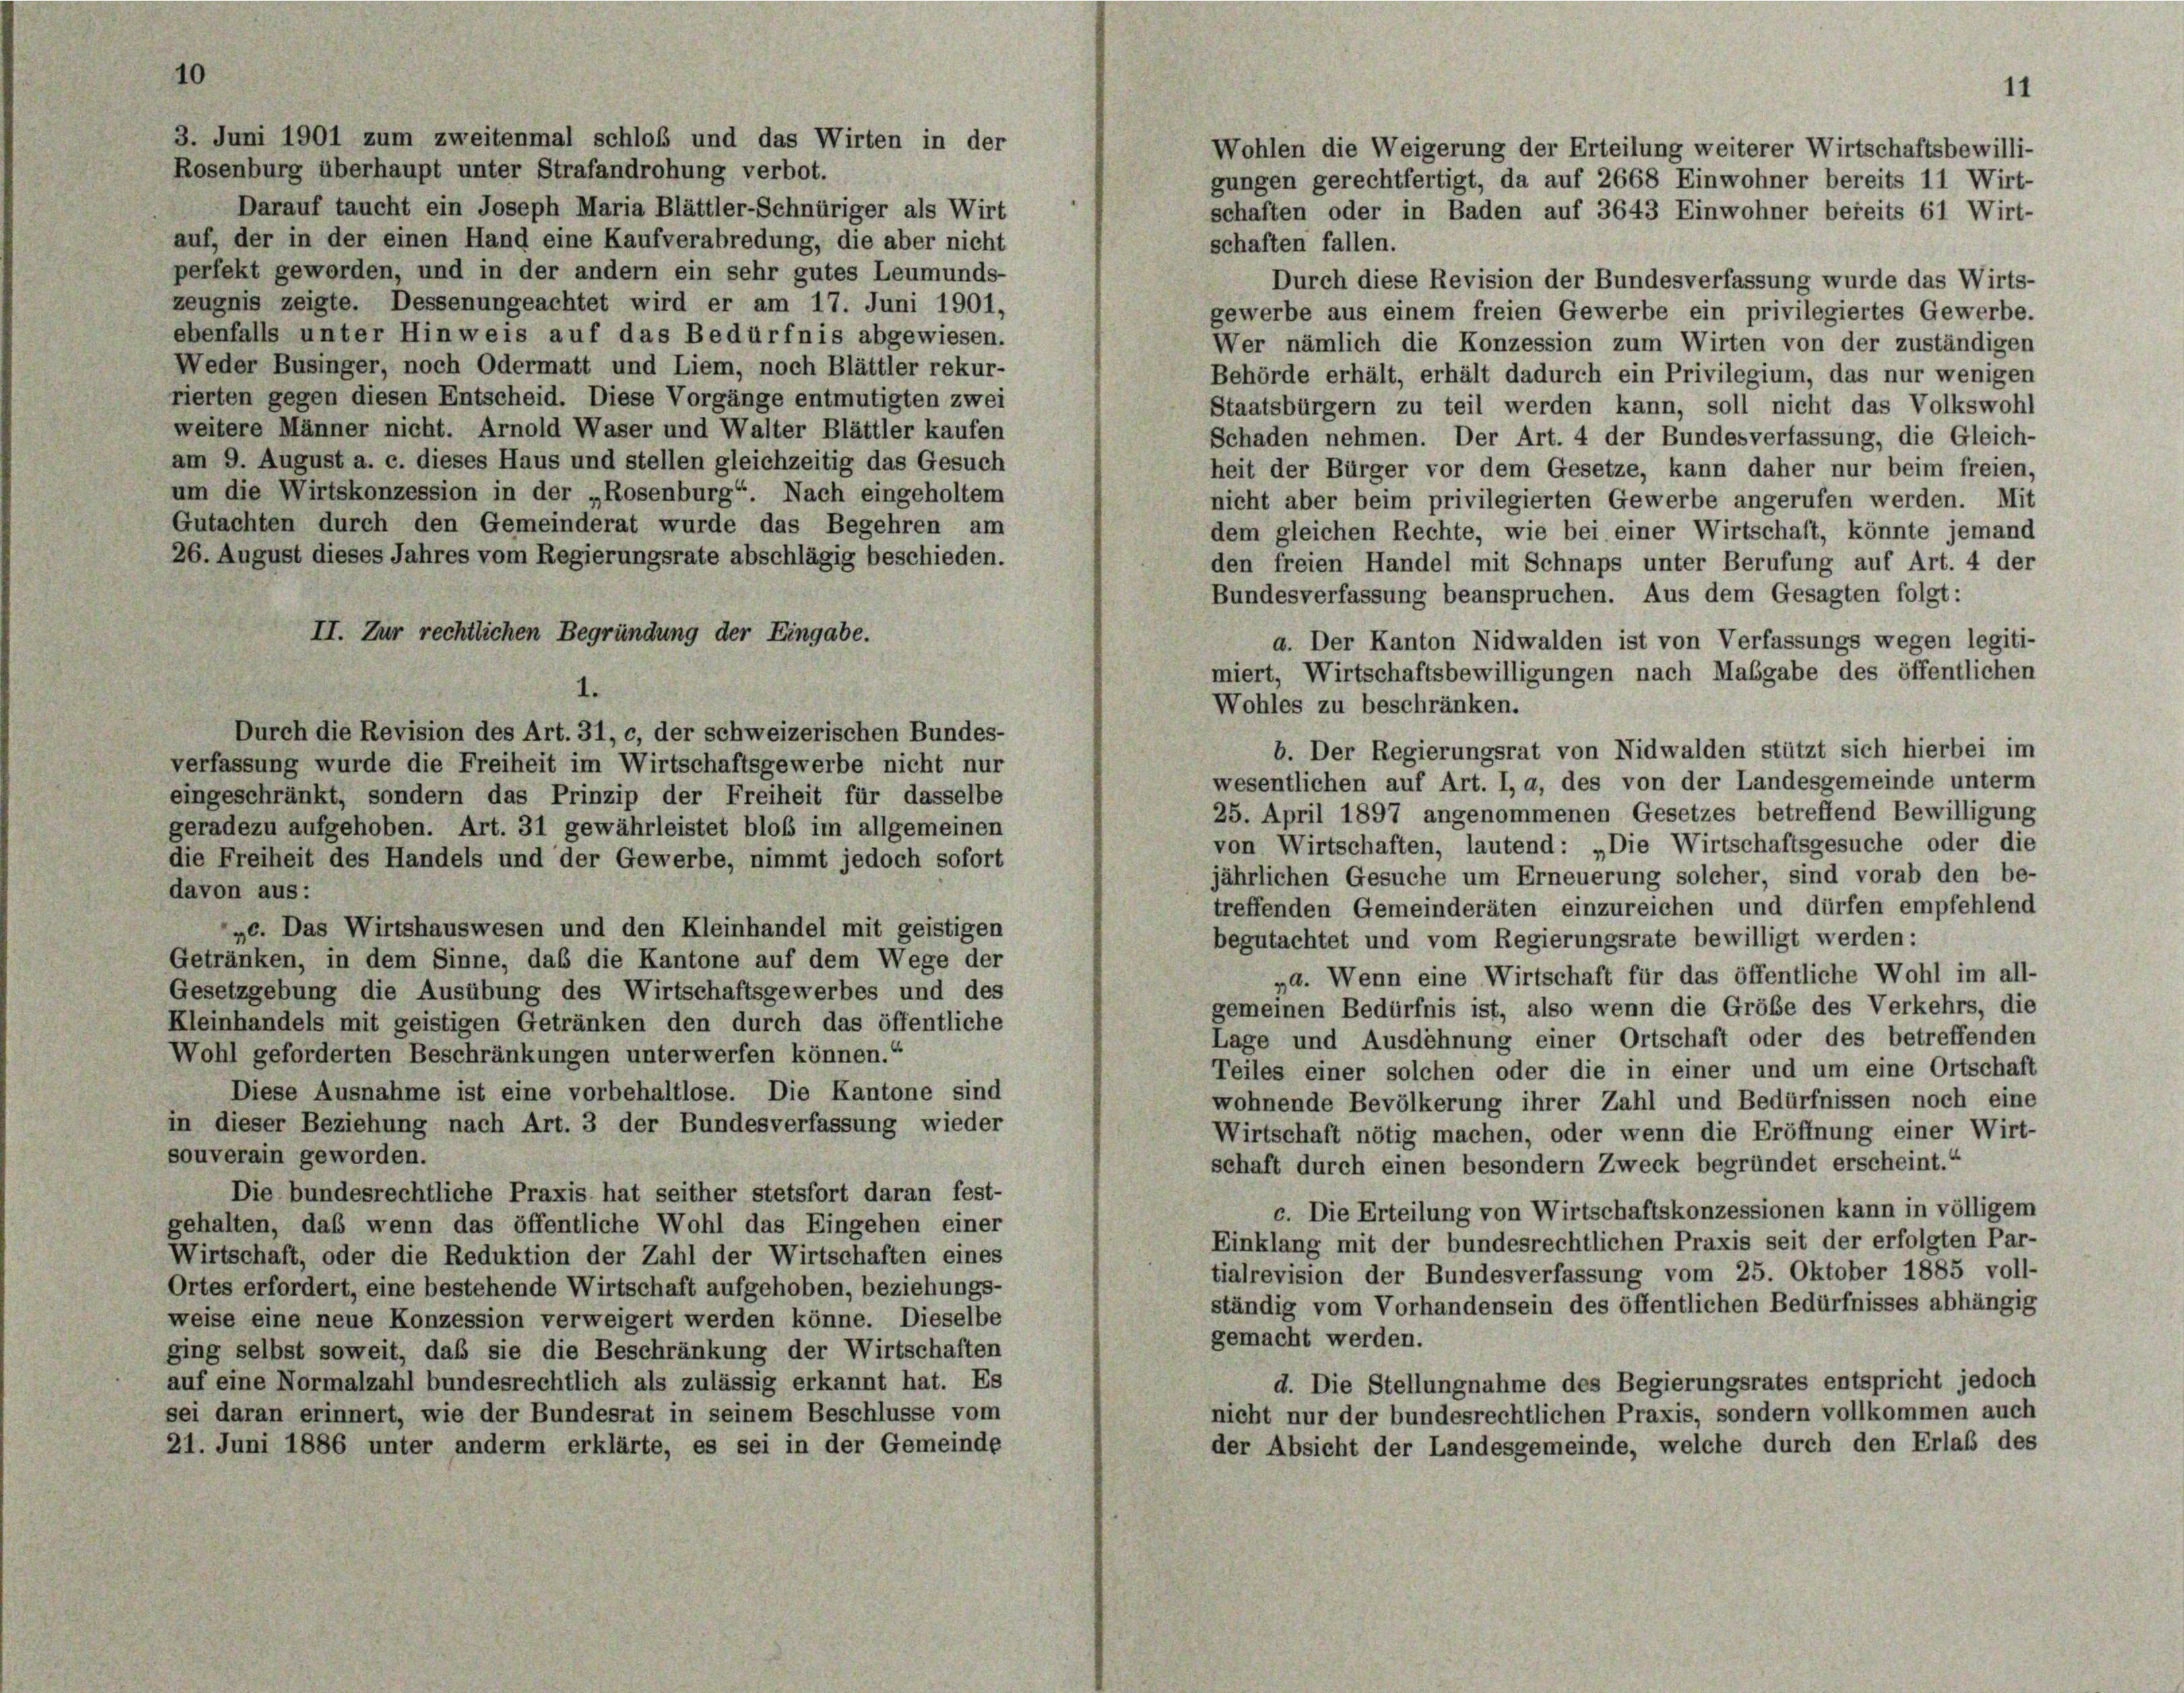
3. Juni 1901 zum zweitenmal schloß und das Wirten in der
Rosenburg überhaupt unter Strafandrohung verbot.
Darauf taucht ein Joseph Maria Blättler-Schnüriger als Wirt
auf, der in der einen Hand eine Kaufverabredung, die aber nicht
perfekt geworden, und in der andern ein sehr gutes Leumunds-
Durch diese Revision der Bundesverfassung wurde das Wirts-
zeugnis zeigte. Dessenungeachtet wird er am 17. Juni 1901,
gewerbe aus einem freien Gewerbe ein privilegiertes Gewerbe.
ebenfalls unter Hinweis auf das Bedürfnis abgewiesen.
Wer nämlich die Konzession zum Wirten von der zuständigen
Weder Businger, noch Odermatt und Liem, noch Blättler rekur-
Behörde erhält, erhält dadurch ein Privilegium, das nur wenigen
rierten gegen diesen Entscheid. Diese Vorgänge entmutigten zwei
Staatsbürgern zu teil werden kann, soll nicht das Volkswohl
weitere Männer nicht. Arnold Waser und Walter Blättler kaufen
Schaden nehmen. Der Art. 4 der Bundesverfassung, die Gleich-
am 9. August a. c. dieses Haus und stellen gleichzeitig das Gesuch
heit der Bürger vor dem Gesetze, kann daher nur beim freien.
um die Wirtskonzession in der „Rosenburg“. Nach eingeholtem
nicht aber beim privilegierten Gewerbe angerufen werden. Mit
Gutachten durch den Gemeinderat wurde das Begehren am
dem gleichen Rechte, wie bei einer Wirtschaft, könnte jemand
26. August dieses Jahres vom Regierungsrate abschlägig beschieden.
den freien Handel mit Schnaps unter Berufung auf Art. 4 der
Bundesverfassung beanspruchen. Aus dem Gesagten folgt:
II. Zur rechtlichen Begründung der Eingabe.
a. Der Kanton Nidwalden ist von Verfassungs wegen legiti-
miert, Wirtschaftsbewilligungen nach Mabgabe des öffentlichen
1.
Wohles zu beschränken.
Durch die Revision des Art. 31, c, der schweizerischen Bundes-
b. Der Regierungsrat von Nidwalden stützt sich hierbei im
verfassung wurde die Freiheit im Wirtschaftsgewerbe nicht nur
wesentlichen auf Art. I, a, des von der Landesgemeinde unterm
eingeschränkt, sondern das Prinzip der Freiheit für dasselbe
25. April 1897 angenommenen Gesetzes betreffend Bewilligung
geradezu aufgehoben. Art. 31 gewährleistet bloß im allgemeinen
von Wirtschaften, lautend: „Die Wirtschaftsgesuche oder die
die Freiheit des Handels und der Gewerbe, nimmt jedoch sofort
jährlichen Gesuche um Erneuerung solcher, sind vorab den be-
davon aus:
treffenden Gemeinderäten einzureichen und dürfen empfehlend
„c. Das Wirtshauswesen und den Kleinhandel mit geistigen
begutachtet und vom Regierungsrate bewilligt werden:
Getränken, in dem Sinne, das die Kantone auf dem Wege der
»a. Wenn eine Wirtschaft für das öffentliche Wohl im all-
Gesetzgebung die Ausübung des Wirtschaftsgewerbes und des
gemeinen Bedürfnis ist, also wenn die Größe des Verkehrs, die
Kleinhandels mit geistigen Getränken den durch das öffentliche
Lage und Ausdehnung einer Ortschaft oder des betreffenden
Wohl geforderten Beschränkungen unterwerfen können.“
Teiles einer solchen oder die in einer und um eine Ortschaft
Diese Ausnahme ist eine vorbehaltlose. Die Kantone sind
wohnende Bevölkerung ihrer Zahl und Bedürfnissen noch eine
in dieser Beziehung nach Art. 3 der Bundesverfassung wieder
Wirtschaft nötig machen, oder wenn die Eröffnung einer Wirt-
souverain geworden.
schaft durch einen besondern Zweck begründet erscheint.“
Die bundesrechtliche Praxis hat seither stetsfort daran fest-
c. Die Erteilung von Wirtschaftskonzessionen kann in völligem
gehalten, daß wenn das öffentliche Wohl das Eingehen einer
Einklang mit der bundesrechtlichen Praxis seit der erfolgten Par-
Wirtschaft, oder die Reduktion der Zahl der Wirtschaften eines
tialrevision der Bundesverfassung vom 25. Oktober 1885 voll-
Ortes erfordert, eine bestehende Wirtschaft aufgehoben, beziehungs-
ständig vom Vorhandensein des öffentlichen Bedürfnisses abhängig
weise eine neue Konzession verweigert werden könne. Dieselbe
gemacht werden.
ging selbst soweit, daß sie die Beschränkung der Wirtschaften
auf eine Normalzahl bundesrechtlich als zulässig erkannt hat. Es
d. Die Stellungnahme des Begierungsrates entspricht jedoch
sei daran erinnert, wie der Bundesrat in seinem Beschlüsse vom
nicht nur der bundesrechtlichen Praxis, sondern vollkommen auch
der Absicht der Landesgemeinde, welche durch den Erlaß des
21. Juni 1886 unter anderm erklärte, es sei in der Gemeinde

Wohlen die Weigerung der Erteilung weiterer Wirtschaftsbewilli-
gungen gerechtfertigt, da auf 2668 Einwohner bereits 11 Wirt-
schaften oder in Baden auf 3643 Einwohner bereits 61 Wirt-
schaften fallen.